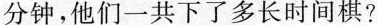
分钟，他们一共下了多长时间棋?